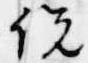
説